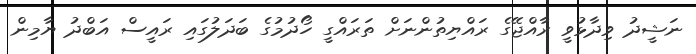
ނަޝީދު ވިދާޅުވީ ރާއްޖޭގެ ރައްޔިތުންނަށް ތަރައްގީ ހޯދުމުގެ ބަދަލުގައި ރައީސް އަބްދު ޔާމިން